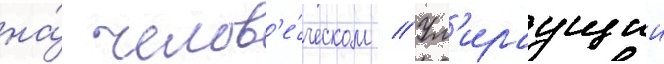
на́ челов'е́ческом // Ум'ираущии